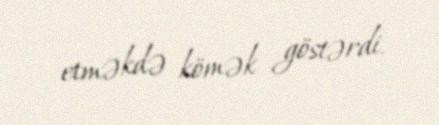
etməkdə kömək göstərdi.